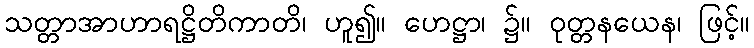
သတ္တာအာဟာရဋ္ဌိတိကာတိ၊ ဟူ၍။ ဟေဋ္ဌာ၊ ၌။ ဝုတ္တနယေန၊ ဖြင့်။